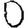
Digit: 0